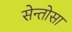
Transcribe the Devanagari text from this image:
सेन्तोसा